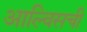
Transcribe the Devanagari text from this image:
आल्विसची